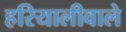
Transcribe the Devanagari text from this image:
हरियालीवाले